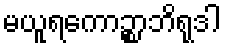
မယူရကောဉ္စာဘိရုဒါ